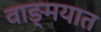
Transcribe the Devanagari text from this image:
वाङ्‍मयात